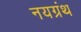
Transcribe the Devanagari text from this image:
नयग्रंथ